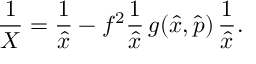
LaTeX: \frac { 1 } { X } = \frac { 1 } { \hat { x } } - f ^ { 2 } \frac { 1 } { \hat { x } } \, g ( \hat { x } , \hat { p } ) \, \frac { 1 } { \hat { x } } .